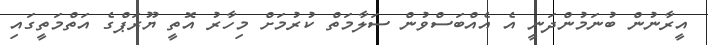
އީރާނުން ބުނަމުންދަނީ އެ އެއްބަސްވުން ސަލާމަތް ކުރުމަށް މިހާރު އޮތީ ޔޫރަޕްގެ އަތްމަތީގައި